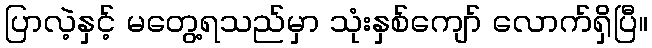
ပြာလဲ့နှင့် မတွေ့ရသည်မှာ သုံးနှစ်ကျော် လောက်ရှိပြီ။